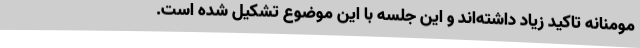
مومنانه تاکید زیاد داشته‌اند و این جلسه با این موضوع تشکیل شده است.